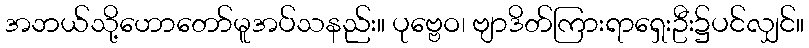
အဘယ်သို့ဟောတော်မူအပ်သနည်း။ ပုဗ္ဗေဝ၊ ဗျာဒိတ်ကြားရာရှေးဦး၌ပင်လျှင်။